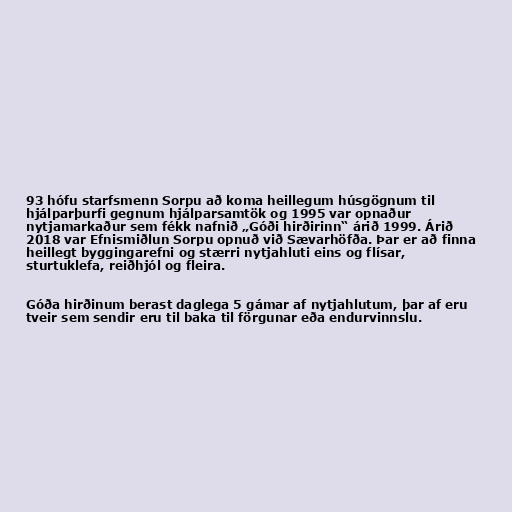
93 hófu starfsmenn Sorpu að koma heillegum húsgögnum til
hjálparþurfi gegnum hjálparsamtök og 1995 var opnaður
nytjamarkaður sem fékk nafnið „Góði hirðirinn“ árið 1999. Árið
2018 var Efnismiðlun Sorpu opnuð við Sævarhöfða. Þar er að finna
heillegt byggingarefni og stærri nytjahluti eins og flísar,
sturtuklefa, reiðhjól og fleira.

Góða hirðinum berast daglega 5 gámar af nytjahlutum, þar af eru
tveir sem sendir eru til baka til förgunar eða endurvinnslu.